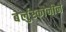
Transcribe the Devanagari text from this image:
बेर्लुस्कोनीने